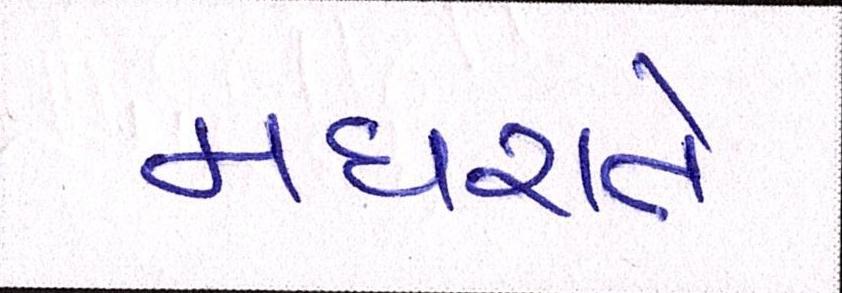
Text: મધરાતે